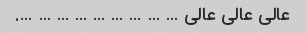
عالی عالی عالی … … … … … … … … ….